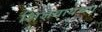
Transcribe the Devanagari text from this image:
शिजवायच्या